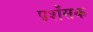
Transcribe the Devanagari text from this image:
प्रशँसक